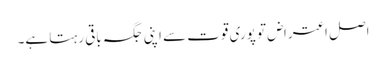
اصل اعتراض تو پوری قوت سے اپنی جگہ باقی رہتا ہے۔